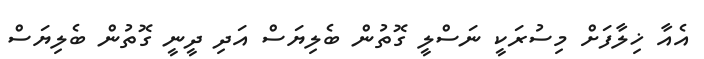
އެއާ ޚިލާފަށް މިސުރަކީ ނަސްލީ ގޮތުން ބެލިޔަސް އަދި ދީނީ ގޮތުން ބެލިޔަސް